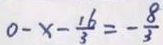
0 - x - \frac { 1 6 } { 3 } = - \frac { 8 } { 3 }